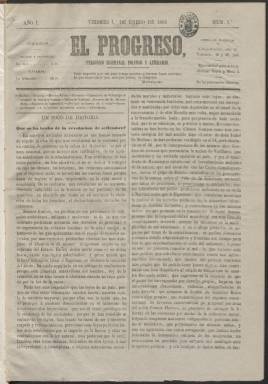
Título: El Progreso (Madrid. 1869)
Colección: Periódicos
Ámbito geográfico: Madrid
Lugar de publicación: Madrid
Fechas: 01/01/1869-28/03/1869